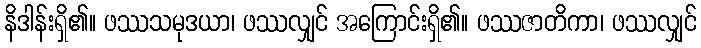
နိဒါန်းရှိ၏။ ဖဿသမုဒယာ၊ ဖဿလျှင် အကြောင်းရှိ၏။ ဖဿဇာတိကာ၊ ဖဿလျှင်